Scientific memoirs by medical officers of the Army of India - Part III,
Year: 1887
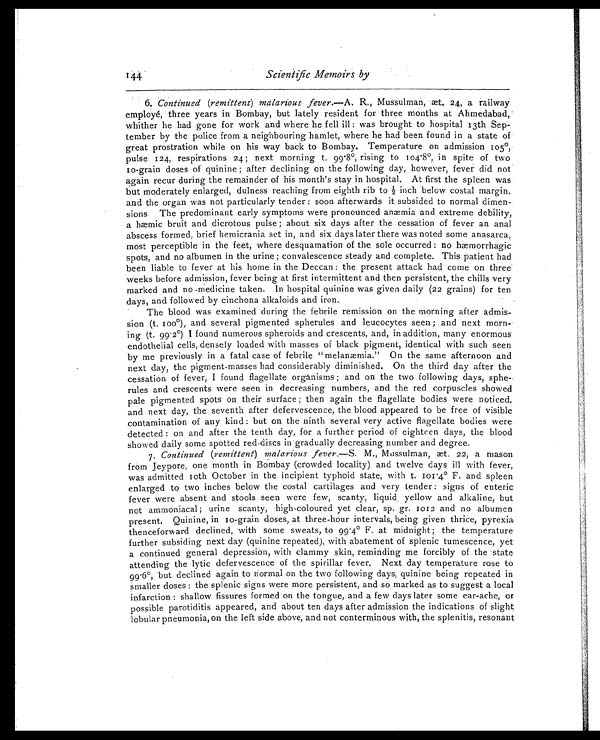
Scientific Memoirs by
6. Continued (remittent) malaricus fever.— A. R., Mussulman, æt. 24, a railway
employé, three years in Bombay, but lately resident for three months at Ahmedabad,
whither he had gone for work and where he fell ill : was brought to hospital 13th Sep-
tember by the police from a neighbouring hamlet, where he had been found in a state of
great prostration while on his way back to Bombay. Temperature on admission 105˚,
pulse 124, respirations 24 ; next morning t. 99 . 8˚, rising to 104.8˚, in spite of two
10-grain doses of quinine ; after declining on the following day, however, fever did not
again recur during the remainder of his month's stay in hospital. At first the spleen was
but moderately enlarged, dulness reaching from eighth rib to 1/2 inch below costal margin.
and the organ was not particularly tender : soon afterwards it subsided to normal dimen
sions The predominant early symptoms were pronounced anæmia and extreme debility,
a hæmic bruit and dicrotous pulse ; about six days after the cessation of fever an anal
abscess formed, brief hemicrania set in, and six days later there was noted some anasarca,
most perceptible in the feet, where desquamation of the sole occurred : no hæmorrhagic
spots, and no albumen in the urine ; convalescence steady and complete. This patient had
been liable to fever at his home in the Deccan : the present attack had come on three
weeks before admission, fever being at first intermittent and then persistent, the chills very
marked and no medicine taken. In hospital quinine was given daily (22 grains) for ten
days, and followed by cinchona alkaloids and iron.
The blood was examined during the febrile remission on the morning after admis-
sion (t. 100˚), and several pigmented spherules and leucocytes seen ; and next mor
n i n g ( t . 9 9.
2 ) I f o u n d n u m e r o u s s p h e r o i d s a n d c r e s c e n t s , a n d , i n a d d i t i o n , m a n y e n o r m o u s
endothelial cells, densely loaded with masses of black pigment, identical with such seen
by me previously in a fatal case of febrile " melanæmia." On the same afternoon and
next day, the pigment-masses had considerably diminished. On the third day after the
cessation of fever, I found flagellate organisms ; and on the two following days, sphe
rules and crescents were seen in decreasing numbers, and the red corpuscles showed
pale pigmented spots on their surface ; then again the flagellate bodies were noticed,
and next day, the seventh after defervescence, the blood appeared to be free of visible
contamination of any kind : but on the ninth several very active flagellate bodies were
detected : on and after the tenth day, for a further period of eighteen days, the blood
showed daily some spotted red-discs in gradually decreasing number and degree.
7. Continued (remittent) malarious fever.— S. M., Mussulman, æt. 22, a mason
from Jeypore, one month in Bombay (crowded locality) and twelve days ill with fever,
was admitted 10th October in the incipient typhoid state, with t. 101 .4˚ F. and spleen
enlarged to two inches below the costal cartilages and very tender : signs of enteric
fever were absent and stools seen were few, scanty, liquid yellow and alkaline, but
not ammoniacal ; urine scanty, high-coloured yet clear, sp. gr. 1012 and no albumen
present. Quinine, in 10-grain doses, at three-hour intervals, being given thrice, pyrexia
thenceforward declined, with some sweats, to 99 . 4˚ F. at midnight ; the temperature
further subsiding next day (quinine repeated), with abatement of splenic tumescence, yet
a continued general depression, with clammy skin, reminding me forcibly of the state
attending the lytic defervescence of the spirillar fever. Next day temperature rose to
99 . 6˚, 'but declined again to normal on the two following days, quinine being repeated in
smaller doses : the splenic signs were more persistent, and so marked as to suggest a local
infarction : shallow fissures formed on the tongue, and a few days later some ear-ache, or
possible parotiditis appeared, and about ten days after admission the indications of slight
lobular pneumonia, on the left side above, and not conterminous with, the splenitis, resonant
144